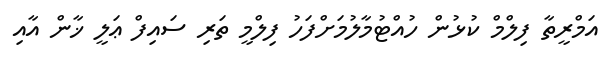
އަމްރީތާ ފިލްމް ކުޅުން ހުއްޓުމާލުމަށްފަހު ފިލްމީ ތަރި ސައިފް ޢަލީ ޚާން އާއި